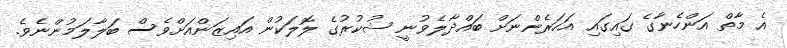
އެ މާތް އަންހެނާގެ ގައިގައި އަހަރެންނަށް ބައްދާލެވުނީ ޝުކުރުގެ ލޮލަކުން އައިޒަންއަށްވެސް ބަލާލަމުންނެވެ.